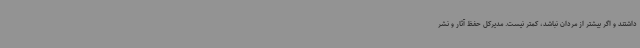
داشتند و اگر بیشتر از مردان نباشد، کمتر نیست. مدیرکل حفظ آثار و نشر